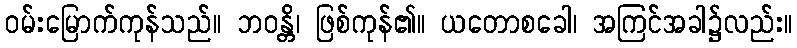
ဝမ်းမြောက်ကုန်သည်။ ဘဝန္တိ၊ ဖြစ်ကုန်၏။ ယတောစခေါ၊ အကြင်အခါ၌လည်း။